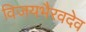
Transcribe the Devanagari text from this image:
विजयभैरवदेव